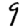
Digit: 9